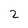
Character: 2